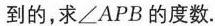
到的，求∠APB的度数。